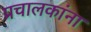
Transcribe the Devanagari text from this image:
प्रचालकांना